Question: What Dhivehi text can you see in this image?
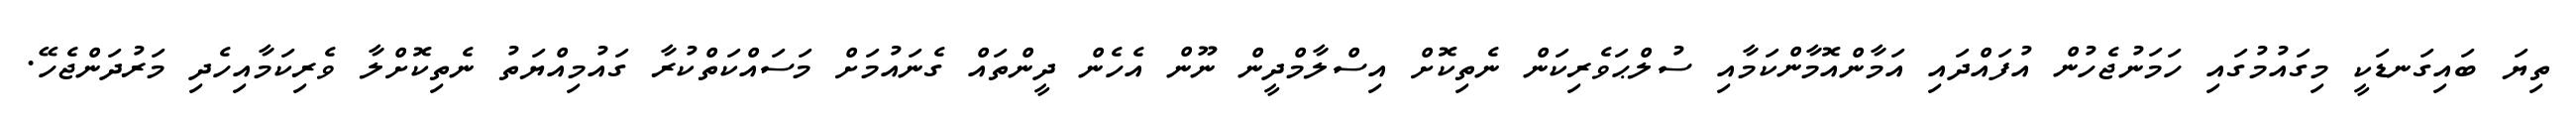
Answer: ތިޔަ ބައިގަނޑަކީ މިގައުމުގައި ހަމަނުޖެހުން އުފައްދައި އަމާންއޮމާންކަމާއި ސުލްޙަވެރިކަން ނެތިކޮށް އިސްލާމްދީން ނޫން އެހެން ދީންތައް ގެނައުމަށް މަސައްކަތްކުރާ ގައުމިއްޔަތު ނެތިކޮށްލާ ވެރިކަމާއިހެދި މަރުދަންޖެހޭ.